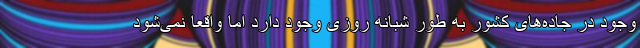
وجود در جاده‌های کشور به طور شبانه روزی وجود دارد اما واقعاً نمی‌شود